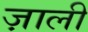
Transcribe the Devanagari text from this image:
ज़ाली